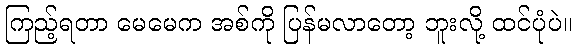
ကြည့်ရတာ မေမေက အစ်ကို ပြန်မလာတော့ ဘူးလို့ ထင်ပုံပဲ။